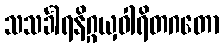
သသင်္ခါရနိဂ္ဂယှဝါရိတဂတော